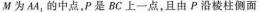
M为AA _ { 1 }的中点，P是BC上一点，且由P沿棱柱侧面